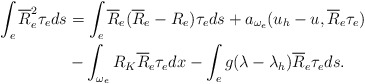
\begin{align*}\int_{e} \overline{R}_e^2 \tau_e ds & = \int_{e} \overline{R}_e (\overline{R}_e-R_e) \tau_e ds +a_{\omega_e}(u_h-u,\overline{R}_e \tau_e)\\&{}- \int_{\omega_e} R_K\overline{R}_e \tau_e dx- \int_{e} g(\lambda- \lambda_h)\overline{R}_e \tau_e ds.\end{align*}